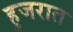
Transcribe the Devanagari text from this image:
हुजरात